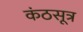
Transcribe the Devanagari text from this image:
कंठसूत्र